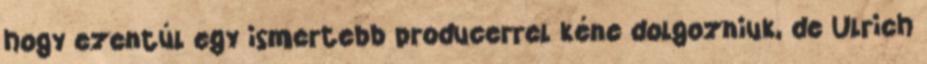
hogy ezentúl egy ismertebb producerrel kéne dolgozniuk, de Ulrich